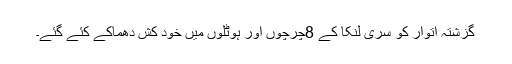
گزشتہ اتوار کو سری لنکا کے 8چرچوں اور ہوٹلوں میں خود کش دھماکے کئے گئے۔